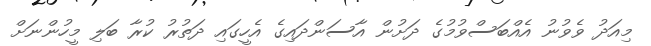
މިއަދު ވެވުނު އެއްބަސްވުމުގެ ދަށުން އާސަންދައިގެ އެހީގައި ދަތުރު ކުރާ ބަލި މީހުންނަށް